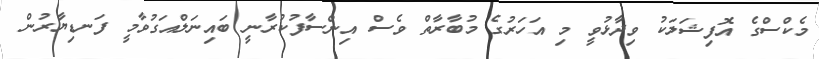
މެކްސްގެ އޮފިޝަލަކު ވިދާޅުވީ މި އަހަރުގެ މުބާރާތް ވެސް އިންސާފުކުރާނީ ބައިނަލްއަގުވާމީ ފަނޑިޔާރުން